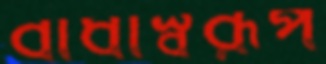
বাধাস্বরূপ